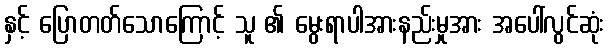
နှင့် ပြောတတ်သောကြောင့် သူ ၏ မွေးရာပါအားနည်းမှုအား အပေါ်လွင်ဆုံး